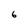
Character: 6